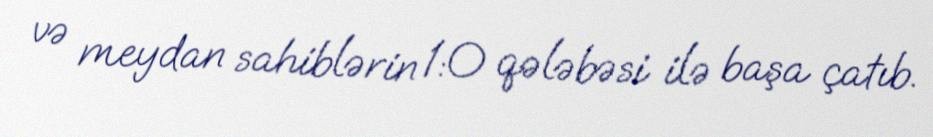
və meydan sahiblərin 1:0 qələbəsi ilə başa çatıb.